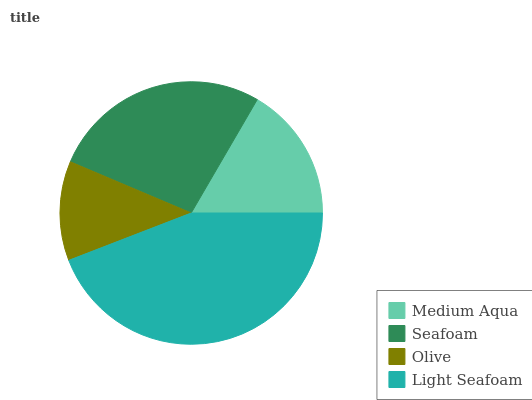
| Medium Aqua | Seafoam | Olive | Light Seafoam |
 | --- | --- | --- | --- |
 | 16.6% | 27.1% | 12.2% | 44.1% |